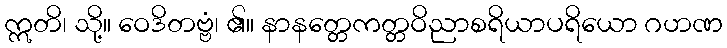
ဣတိ၊ သို့။ ဝေဒိတဗ္ဗံ၊ ၏။ နာနတ္တေကတ္တဝိညာစရိယာပရိယော ဂဟဏ